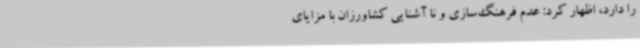
را دارد، اظهار کرد: عدم فرهنگ‌سازی و نا آشنایی کشاورزان با مزایای